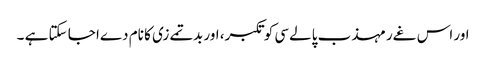
اور اس غےر مہذب پالےسی کو تکبر، اور بدتمےزی کا نام دےا جا سکتا ہے ۔